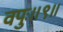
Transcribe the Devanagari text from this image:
वपुः॥९॥